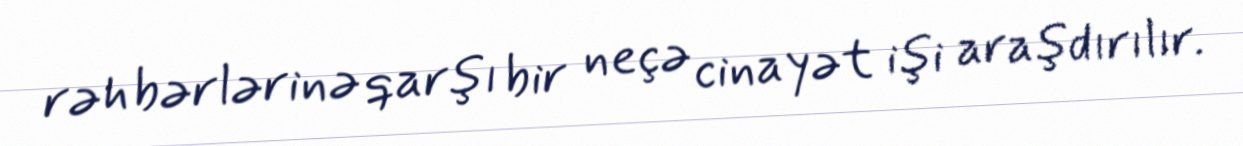
rəhbərlərinə qarşı bir neçə cinayət işi araşdırılır.